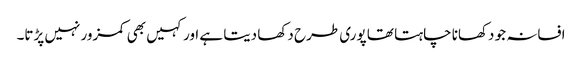
افسانہ جو دکھانا چاہتا تھا پوری طرح دکھا دیتا ہے اور کہیں بھی کمزور نہیں پڑتا۔